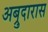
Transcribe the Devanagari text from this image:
अब्रुदारास